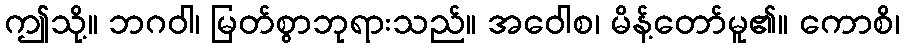
ဤသို့။ ဘဂဝါ၊ မြတ်စွာဘုရားသည်။ အဝေါစ၊ မိန့်တော်မူ၏။ ကောစိ၊